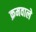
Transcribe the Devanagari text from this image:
क्रमवाले